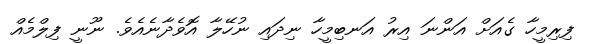
ފިރިމީހާ ގެއަށް އަންނަ އިރު އަނބިމީހާ ނިދައި ނުހޭލާ އޮވެދާނެއެވެ. ނޫނީ ފިލްމެއް